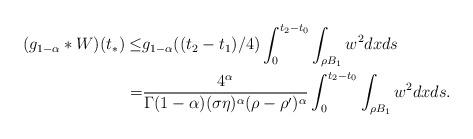
LaTeX: \begin{align*}(g_{1-\alpha}*W)(t_{*}) \leq & g_{1-\alpha}((t_{2}-t_{1})/4)\int_{0}^{t_{2}-t_{0}}\int_{\rho B_{1}}w^{2}dxds \\= & \frac{4^{\alpha}}{\Gamma(1-\alpha)(\sigma\eta)^{\alpha}(\rho-\rho')^{\alpha}}\int_{0}^{t_{2}-t_{0}}\int_{\rho B_{1}}w^{2}dxds.\end{align*}